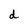
Character: d